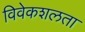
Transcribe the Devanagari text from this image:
विवेकशलता